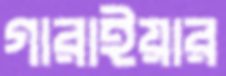
গারাইয়ার